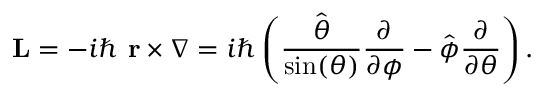
\mathbf { L } = - i \hbar ~ \mathbf { r } \times \nabla = i \hbar \left( { \frac { \hat { \boldsymbol { \theta } } } { \sin ( \theta ) } } { \frac { \partial } { \partial \phi } } - { \hat { \boldsymbol { \phi } } } { \frac { \partial } { \partial \theta } } \right) .